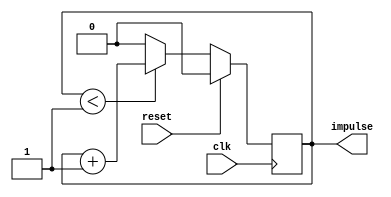
module pls_gen_n #(
    parameter period = 2
) (
    input clk, reset,

    output impulse
);

reg [period - 2:0] counter;

always @(posedge clk) begin
    if (reset)
        counter <= 0;
    else
        counter <= (counter < period - 1) ? counter + 1 : 0;
end

assign impulse = (counter == period - 1);

endmodule